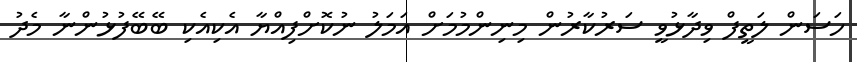
ހަސަން ލަތީފް ވިދާޅުވީ ސަރުކާރުން މިނިންމުމަށް އަމަލު ނުކޮށްފިއްޔާ އެކިއެކި ބޭބޭފުޅުންނާ މެދު